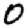
Digit: 0